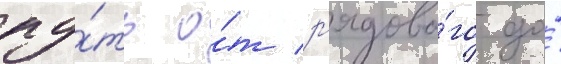
пу́ть о́т р'ядово́го до́